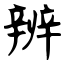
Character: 辨